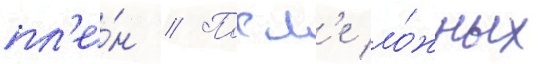
пл'е́н // Посл'е ло́жных